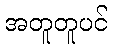
အတူတူပင်